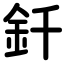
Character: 釺